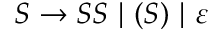
S \to S S ~ | ~ ( S ) ~ | ~ \varepsilon